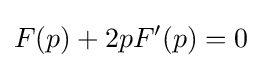
F(p)+2pF'(p)=0